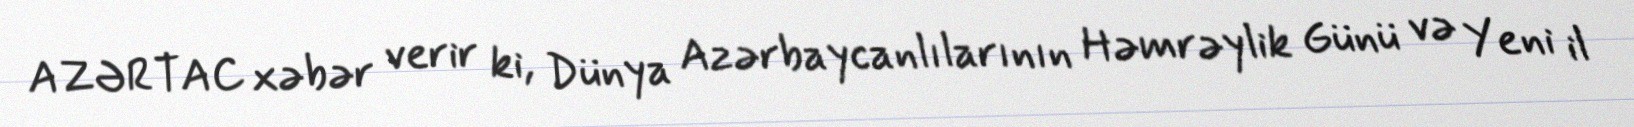
AZƏRTAC xəbər verir ki, Dünya Azərbaycanlılarının Həmrəylik Günü və Yeni il